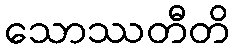
သောဿတီတိ